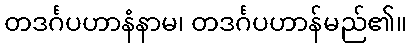
တဒင်္ဂပဟာနံနာမ၊ တဒင်္ဂပဟာန်မည်၏။